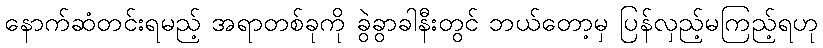
နောက်ဆံတင်းရမည့် အရာတစ်ခုကို ခွဲခွာခါနီးတွင် ဘယ်တော့မှ ပြန်လှည့်မကြည့်ရဟု